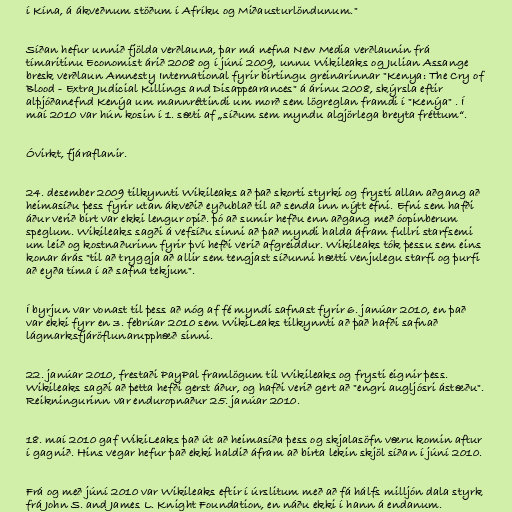
í Kína, á ákveðnum stöðum í Afríku og Miðausturlöndunum."

Síðan hefur unnið fjölda verðlauna, þar má nefna New Media verðlaunin frá
tímaritinu Economist árið 2008 og í júní 2009, unnu Wikileaks og Julian Assange
bresk verðlaun Amnesty International fyrir birtingu greinarinnar "Kenya: The Cry of
Blood - Extra Judicial Killings and Disappearances" á árinu 2008, skýrsla eftir
alþjóðanefnd Kenýa um mannréttindi um morð sem lögreglan framdi í "Kenýa" . Í
maí 2010 var hún kosin í 1. sæti af „síðum sem myndu algjörlega breyta fréttum“.

Óvirkt, fjáraflanir.

24. desember 2009 tilkynnti Wikileaks að það skorti styrki og frysti allan aðgang að
heimasíðu þess fyrir utan ákveðið eyðublað til að senda inn nýtt efni. Efni sem hafði
áður verið birt var ekki lengur opið. þó að sumir hefðu enn aðgang með óopinberum
speglum. Wikileaks sagði á vefsíðu sinni að það myndi halda áfram fullri starfsemi
um leið og kostnaðurinn fyrir því hefði verið afgreiddur. Wikileaks tók þessu sem eins
konar árás "til að tryggja að allir sem tengjast síðunni hætti venjulegu starfi og þurfi
að eyða tíma í að safna tekjum".

Í byrjun var vonast til þess að nóg af fé myndi safnast fyrir 6. janúar 2010, en það
var ekki fyrr en 3. febrúar 2010 sem WikiLeaks tilkynnti að það hafði safnað
lágmarksfjáröflunarupphæð sinni.

22. janúar 2010, frestaði PayPal framlögum til Wikileaks og frysti eignir þess.
Wikileaks sagði að þetta hefði gerst áður, og hafði verið gert að "engri augljósri ástæðu".
Reikningurinn var enduropnaður 25. janúar 2010.

18. maí 2010 gaf WikiLeaks það út að heimasíða þess og skjalasöfn væru komin aftur
í gagnið. Hins vegar hefur það ekki haldið áfram að birta lekin skjöl síðan í júní 2010.

Frá og með júní 2010 var Wikileaks eftir í úrslitum með að fá hálfs milljón dala styrk
frá John S. and James L. Knight Foundation, en náðu ekki í hann á endanum.